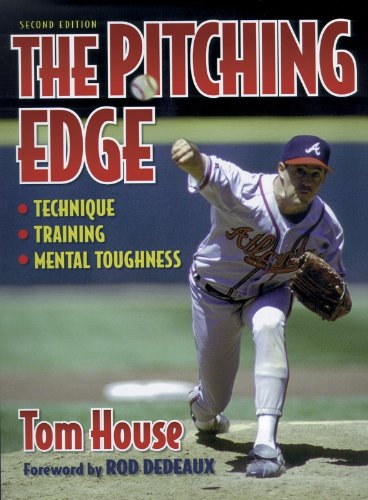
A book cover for The Pitching Edge-2nd; Tom House; Sports & Outdoors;